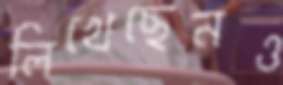
লিখেছেনও